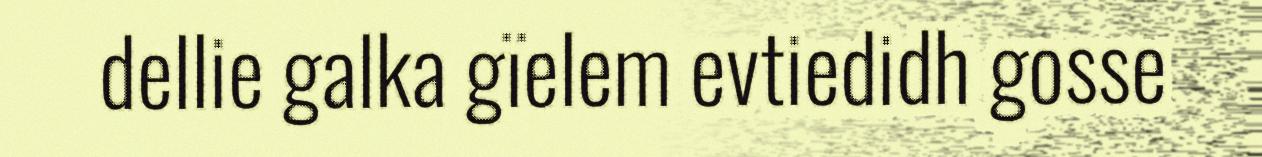
dellie galka gïelem evtiedidh gosse